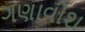
ગણાવીશ